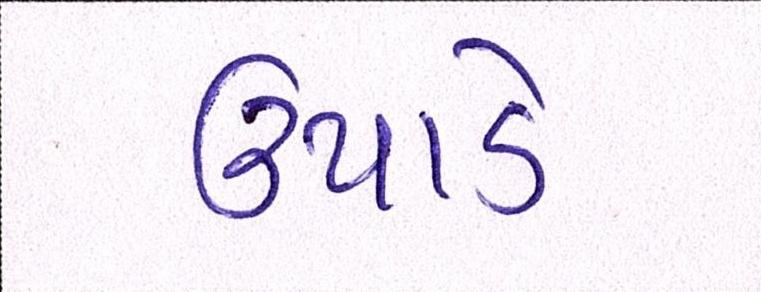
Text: ઉપાડે